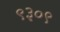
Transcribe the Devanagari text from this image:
९३०९